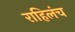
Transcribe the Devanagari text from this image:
राहिलंच